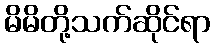
မိမိတို့သက်ဆိုင်ရာ